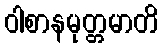
ဝါစာနမုတ္တမာတိ